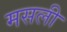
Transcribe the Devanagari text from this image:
मसली